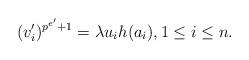
LaTeX: \begin{align*} (v_i')^{p^{e'}+1}=\lambda u_ih(a_i), 1\leq i\leq n.\end{align*}